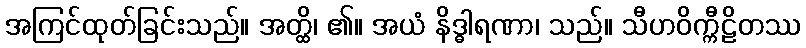
အကြင်ထုတ်ခြင်းသည်။ အတ္ထိ၊ ၏။ အယံ နိဒ္ဓါရဏာ၊ သည်။ သီဟဝိက္ကီဠိတဿ